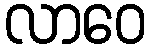
လာဝေ